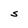
Character: 5